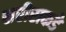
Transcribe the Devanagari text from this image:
शरीराकडे